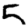
Digit: 5